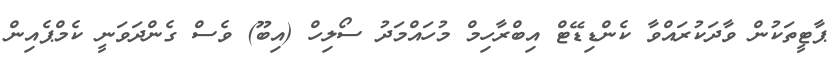
ޕާޓީތަކުން ވާދަކުރައްވާ ކެންޑިޑޭޓް އިބްރާހިމް މުހައްމަދު ސޯލިހް (އިބޫ) ވެސް ގެންދަވަނީ ކެމްޕެއިން